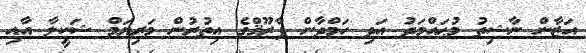
އަޒާން ނާޝިތު މުޙައްމަދު އަދި ހަމްދާން ފާރޫޤްގެ އިތުރުން މަރިޔަމް ޝަކީލާ އާއި